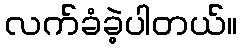
လက်ခံခဲ့ပါတယ်။